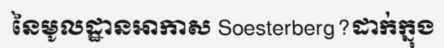
នៃមូលដ្ឋានអាកាស Soesterberg?ដាក់ក្នុង